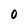
Character: O